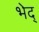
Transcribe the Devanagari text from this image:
भेद्